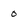
Character: 0